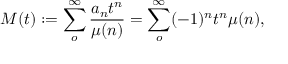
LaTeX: M ( t ) : = \sum _ { o } ^ { \infty } \frac { a _ { n } t ^ { n } } { \mu ( n ) } = \sum _ { o } ^ { \infty } ( - 1 ) ^ { n } t ^ { n } \mu ( n ) ,